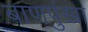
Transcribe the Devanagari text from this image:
बाणपुंखा